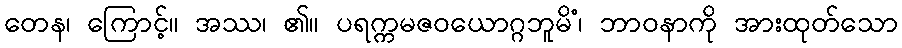
တေန၊ ကြောင့်။ အဿ၊ ၏။ ပရက္ကမဇဝယောဂ္ဂဘူမိံ၊ ဘာဝနာကို အားထုတ်သော